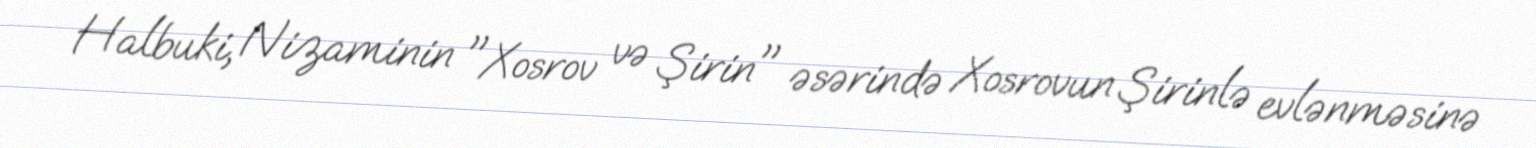
Halbuki, Nizaminin "Xosrov və Şirin" əsərində Xosrovun Şirinlə evlənməsinə